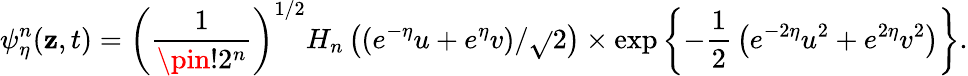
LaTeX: \psi_{\eta}^{n}(\mathbf{z},t)=\left({\frac{{1}}{{\pin!2^{n}}}}\right)^{1/2}H_{n}\left((e^{-\eta}u+e^{\eta}v)/\sqrt{}{{2}}\right)\times\exp\left\{ -{\frac{{1}}{{2}}}\left(e^{-2\eta}u^{2}+e^{2\eta}v^{2}\right)\right\} .